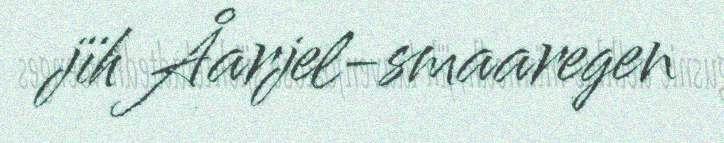
jïh Åarjel-smaaregen